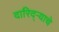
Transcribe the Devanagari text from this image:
दारिद्‌ऱ्याचे